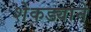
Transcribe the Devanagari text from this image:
शेकड्याने